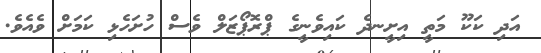
އަދި ކަކޫ މަތީ އިށީނދެ ކައިވެނީގެ ޕްރޮޕޯޒަލް ވެސް ހުށަހެޅި ކަމަށް ވެއެވެ.